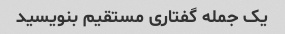
یک جمله گفتاری مستقیم بنویسید